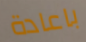
باعادة